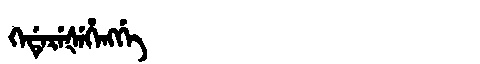
Manchu: ᡴᡝᡩᡝᡵᡝᡧᡝᡥᡝᠩᡤᡝ
Romanization: KEDEREŠEHENGGE